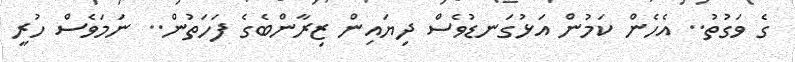
ގެ ވަގުތު.. އެހެން ކަމުން އަޅުގަނޑުވެސް ދިޔައިން ޒިރާންބެގެ ފަހަތުން.. ނަމަވެސް ހުރީ